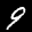
Label: 9